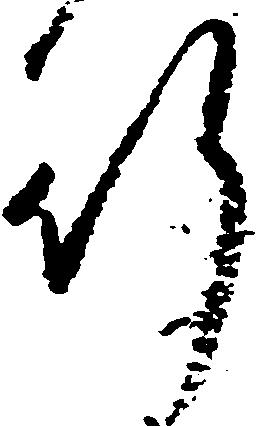
行